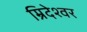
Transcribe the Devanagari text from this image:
म्रिदेश्वर